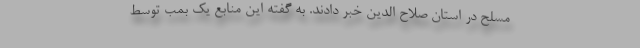
مسلح در استان صلاح الدین خبر دادند. به گفته این منابع یک بمب توسط